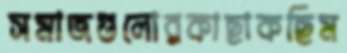
সমাজগুলোরকাছাকছিম